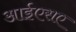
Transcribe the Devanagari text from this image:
आईएसए